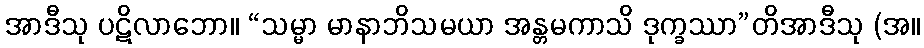
အာဒီသု ပဋိလာဘော။ “သမ္မာ မာနာဘိသမယာ အန္တမကာသိ ဒုက္ခဿာ”တိအာဒီသု (အ။